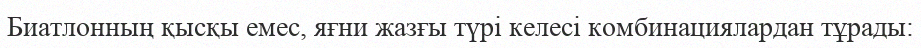
Биатлонның қысқы емес, яғни жазғы түрі келесі комбинациялардан тұрады: